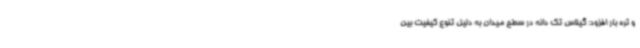
و تره بار افزود: گیلاس تک دانه در سطح میدان به دلیل تنوع کیفیت بین